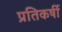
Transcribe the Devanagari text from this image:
प्रतिकर्षी